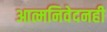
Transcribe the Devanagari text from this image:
आत्मनिवेदनही